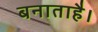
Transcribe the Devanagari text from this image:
बनाताहै।